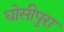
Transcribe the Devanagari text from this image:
घोसीपुरा